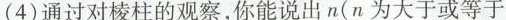
(4)通过对棱柱的观察，你能说出n(n为大于或等于